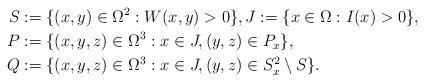
LaTeX: \begin{align*}S & := \{ (x,y) \in \Omega^2 : W(x,y) > 0 \}, J := \{x \in \Omega : I(x) > 0 \}, \\P & := \{ (x,y,z) \in \Omega^3 : x \in J , (y,z) \in P_x \}, \\Q & := \{ (x,y,z) \in \Omega^3 : x \in J , (y,z) \in S_x^2 \setminus S \}.\end{align*}